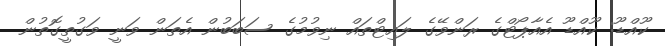
ކޫއްޑޫ: ކޫއްޑޫ އެއާޕޯޓްގެ ރަންވޭގެ ލައިޓްތައް ނިވުމުގެ ސަބަބުން އެތަން ވަނީ ވަގުތީގޮތުން